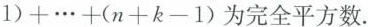
1 ) + … + ( n + k - 1 )$$为完全平方数.